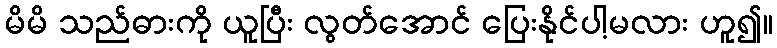
မိမိ သည်ဓားကို ယူပြီး လွတ်အောင် ပြေးနိုင်ပါ့မလား ဟူ၍။